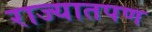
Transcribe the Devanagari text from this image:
राज्यातपण